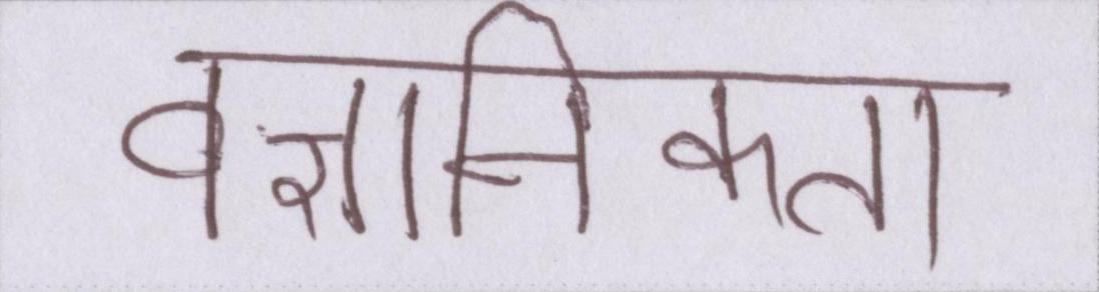
वैज्ञानिकता